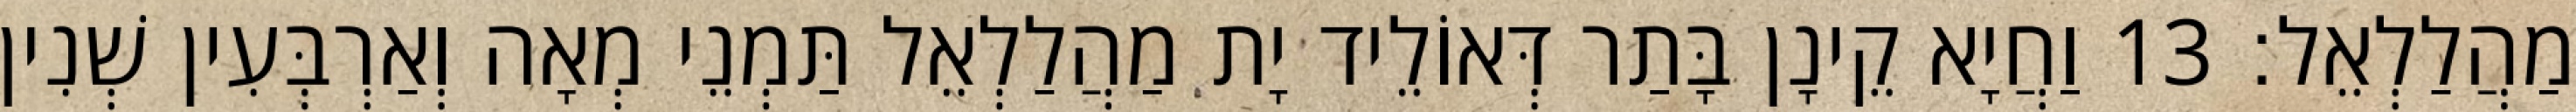
מַהֲלַלְאֵל׃ 13 וַחֲיָא קֵינָן בָּתַר דְּאוֹלֵיד יָת מַהֲלַלְאֵל תַּמְנֵי מְאָה וְאַרְבְּעִין שְׁנִין